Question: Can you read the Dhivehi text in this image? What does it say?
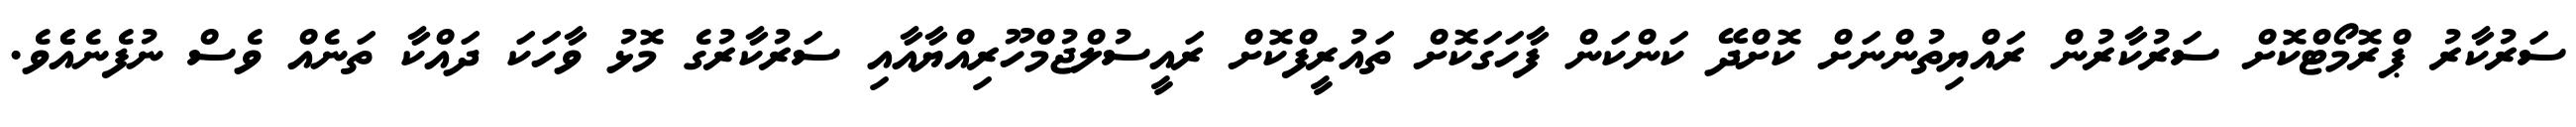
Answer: ސަރުކާރު ޕްރޮމޯޓްކޮށް ސަރުކާރުން ރައްޔިތުންނަށް ކޮށްދޭ ކަންކަން ފާހަގަކޮށް ތައުރީފްކޮށް ރައީސުލްޖުމްހޫރިއްޔާއާއި ސަރުކާރުގެ މޮޅު ވާހަކަ ދައްކާ ތަނެއް ވެސް ނުފެނެއެެވެ.